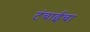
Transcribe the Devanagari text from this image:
टंचाईचा